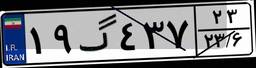
۹۵گ۸۸۷۹۸